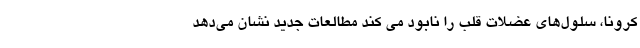
کرونا، سلول‌های عضلات قلب را نابود می ‌کند مطالعات جدید نشان می‌دهد